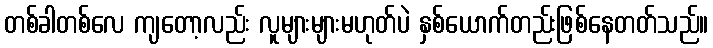
တစ်ခါတစ်လေ ကျတော့လည်း လူများများမဟုတ်ပဲ နှစ်ယောက်တည်းဖြစ်နေတတ်သည်။